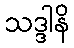
သဒ္ဒါနိ